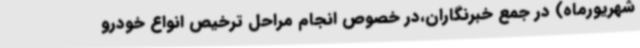
شهریورماه) در جمع خبرنگاران،در خصوص انجام مراحل ترخیص انواع خودرو